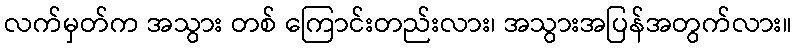
လက်မှတ်က အသွား တစ် ကြောင်းတည်းလား၊ အသွားအပြန်အတွက်လား။